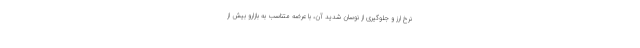
نرخ ارز و جلوگیری از نوسان شدید آن، با عرضه متناسب به بازارو بیش از